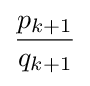
{\frac {p_{k+1}}{q_{k+1}}}